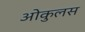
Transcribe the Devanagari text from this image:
ओकुलस